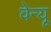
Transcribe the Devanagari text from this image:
वेन्यू